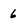
Character: 6